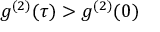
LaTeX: g ^ { ( 2 ) } ( \tau ) > g ^ { ( 2 ) } ( 0 )